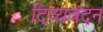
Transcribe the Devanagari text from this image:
दिव्यवदन